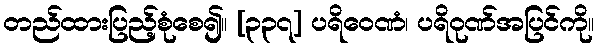
တည်ထားပြည့်စုံစေ၍။ [၃၃၇] ပရိဝေဏံ၊ ပရိဝုဏ်အပြင်ကို။